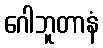
ဂေါဘူတာနံ